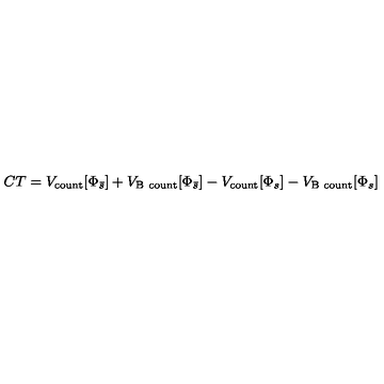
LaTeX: C T = V _ { \mathrm { c o u n t } } [ \Phi _ { \bar { s } } ] + V _ { \mathrm { B \ c o u n t } } [ \Phi _ { \bar { s } } ] - V _ { \mathrm { c o u n t } } [ \Phi _ { s } ] - V _ { \mathrm { B \ c o u n t } } [ \Phi _ { s } ]